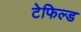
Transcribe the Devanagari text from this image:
टेफिल्ड